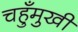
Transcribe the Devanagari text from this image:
चहुँमुखी